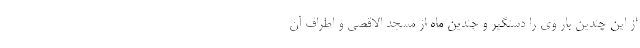
از این چندین بار وی را دستگیر و چندین ماه از مسجد الاقصی و اطراف آن